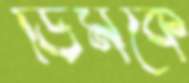
ডিমকে